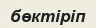
бөктіріп